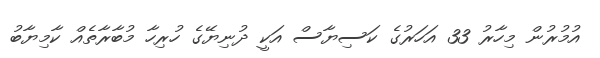
އުމުރުން މިހާރު 33 އަހަރުގެ ކަސިޔާސް އަކީ ދުނިޔޭގެ ހުރިހާ މުބާރާތެއް ކާމިޔާބު